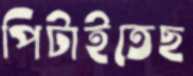
পিটাইতেছ